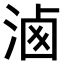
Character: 𣶓